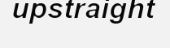
upstraight